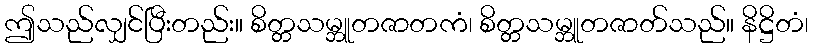
ဤသည်လျှင်ပြီးတည်း။ စိတ္တသမ္ဘူတဇာတကံ၊ စိတ္တသမ္ဘူတဇာတ်သည်။ နိဋ္ဌိတံ၊